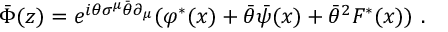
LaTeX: \bar { \Phi } ( z ) = e ^ { i \theta \sigma ^ { \mu } \bar { \theta } \partial _ { \mu } } ( \varphi ^ { * } ( x ) + \bar { \theta } \bar { \psi } ( x ) + \bar { \theta } ^ { 2 } F ^ { * } ( x ) ) \, \, .